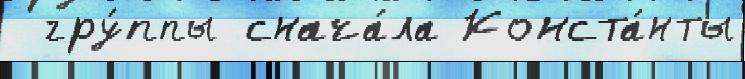
 гру́ппы снача́ла Конста́нты